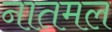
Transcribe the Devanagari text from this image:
नातमल